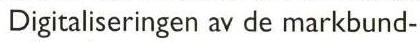
Digitaliseringen av de markbund-